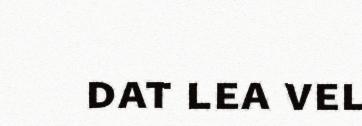
dat lea vel